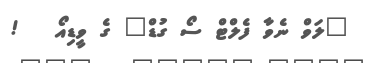
"ލަވް ނެވާ ފެލްޓް ސޯ ގުޑް" ގެ ވީޑިއޯ   !